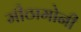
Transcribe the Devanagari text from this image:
मीठामोनी